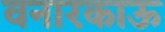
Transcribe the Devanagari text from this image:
वनारकाऊ